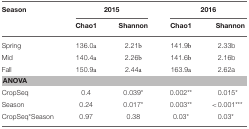
| Season | <COLSPAN=2> 2015 | <COLSPAN=2> 2016 |
 |  | Chao1 | Shannon | Chao1 | Shannon |
 | --- | --- | --- | --- | --- |
 | Spring | 136.0a | 2.21b | 141.9b | 2.33b |
 | Mid | 140.4a | 2.26b | 141.6b | 2.16b |
 | Fall | 150.9a | 2.44a | 163.9a | 2.62a |
 | <COLSPAN=5> ANOVA |
 | CropSeq | 0.4 | 0.039* | 0.002** | 0.015* |
 | Season | 0.24 | 0.017* | 0.003** | <0.001*** |
 | CropSeq*Season | 0.97 | 0.38 | 0.03* | 0.03* |